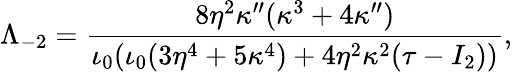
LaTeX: \Lambda_{-2}=\frac{8\eta^{2}\kappa^{\prime\prime}(\kappa^{3}+4\kappa^{\prime\prime})}{\iota_{0}(\iota_{0}(3\eta^{4}+5\kappa^{4})+4\eta^{2}\kappa^{2}(\tau-I_{2}))},